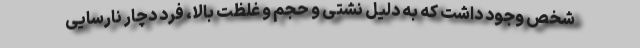
شخص وجود داشت که به دلیل نشتی و حجم و غلظت بالا، فرد دچار نارسایی